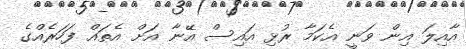
އާއިލަ އިން ވަނީ އެކަމާ ރުޅި އައިސް އޭނާ އަށް އެތައް ފަހަރެއްގެ